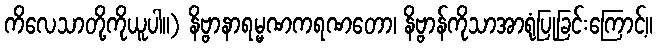
ကိလေသာတို့ကိုယူပါ။) နိဗ္ဗာနာရမ္မဏကရဏတော၊ နိဗ္ဗာန်ကိုသာအာရုံပြုခြင်းကြောင့်။